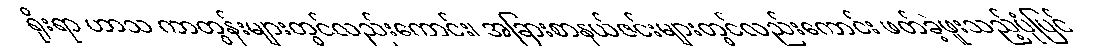
ရိုးရာ ဟာသ ကာတွန်းများတွင်လည်းကောင်း၊ အခြားစာနယ်ဇင်းများတွင်လည်းကောင်း ဖတ်ခဲ့ဖူးသည့်ပုံပြင်